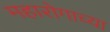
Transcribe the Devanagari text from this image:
महारोगाच्या